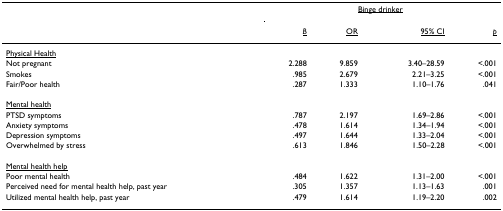
|  | <COLSPAN=4> <underline>Binge drinker</underline> |
 |  | <underline>B</underline> | <underline>OR</underline> | <underline>95% CI</underline> | <underline>p</underline> |
 | --- | --- | --- | --- | --- |
 | <underline>Physical Health</underline> |  |  |  |  |
 | Not pregnant | 2.288 | 9.859 | 3.40–28.59 | <.001 |
 | Smokes | .985 | 2.679 | 2.21–3.25 | <.001 |
 | Fair/Poor health | .287 | 1.333 | 1.10–1.76 | .041 |
 | <underline>Mental health</underline> |  |  |  |  |
 | PTSD symptoms | .787 | 2.197 | 1.69–2.86 | <.001 |
 | Anxiety symptoms | .478 | 1.614 | 1.34–1.94 | <.001 |
 | Depression symptoms | .497 | 1.644 | 1.33–2.04 | <.001 |
 | Overwhelmed by stress | .613 | 1.846 | 1.50–2.28 | <.001 |
 | <underline>Mental health help</underline> |  |  |  |  |
 | Poor mental health | .484 | 1.622 | 1.31–2.00 | <.001 |
 | Perceived need for mental health help, past year | .305 | 1.357 | 1.13–1.63 | .001 |
 | Utilized mental health help, past year | .479 | 1.614 | 1.19–2.20 | .002 |